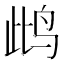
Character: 𲍵